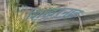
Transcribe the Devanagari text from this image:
शिखरनाद